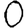
Digit: 0